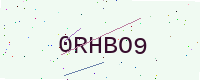
Text: 0RHBO9